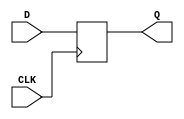
// This program was cloned from: https://github.com/CMU-SAFARI/SoftMC
// License: MIT License

`timescale 1ns/1ns
//----------------------------------------------------------------------------
// This software is Copyright  2012 The Regents of the University of 
// California. All Rights Reserved.
//
// Permission to copy, modify, and distribute this software and its 
// documentation for educational, research and non-profit purposes, without 
// fee, and without a written agreement is hereby granted, provided that the 
// above copyright notice, this paragraph and the following three paragraphs 
// appear in all copies.
//
// Permission to make commercial use of this software may be obtained by 
// contacting:
// Technology Transfer Office
// 9500 Gilman Drive, Mail Code 0910
// University of California
// La Jolla, CA 92093-0910
// (858) 534-5815
// invent@ucsd.edu
// 
// This software program and documentation are copyrighted by The Regents of 
// the University of California. The software program and documentation are 
// supplied "as is", without any accompanying services from The Regents. The 
// Regents does not warrant that the operation of the program will be 
// uninterrupted or error-free. The end-user understands that the program was 
// developed for research purposes and is advised not to rely exclusively on 
// the program for any reason.
// 
// IN NO EVENT SHALL THE UNIVERSITY OF CALIFORNIA BE LIABLE TO
// ANY PARTY FOR DIRECT, INDIRECT, SPECIAL, INCIDENTAL, OR
// CONSEQUENTIAL DAMAGES, INCLUDING LOST PROFITS, ARISING
// OUT OF THE USE OF THIS SOFTWARE AND ITS DOCUMENTATION,
// EVEN IF THE UNIVERSITY OF CALIFORNIA HAS BEEN ADVISED OF
// THE POSSIBILITY OF SUCH DAMAGE. THE UNIVERSITY OF
// CALIFORNIA SPECIFICALLY DISCLAIMS ANY WARRANTIES,
// INCLUDING, BUT NOT LIMITED TO, THE IMPLIED WARRANTIES OF
// MERCHANTABILITY AND FITNESS FOR A PARTICULAR PURPOSE.
// THE SOFTWARE PROVIDED HEREUNDER IS ON AN "AS IS" BASIS, 
// AND THE UNIVERSITY OF CALIFORNIA HAS NO OBLIGATIONS TO
// PROVIDE MAINTENANCE, SUPPORT, UPDATES, ENHANCEMENTS, OR
// MODIFICATIONS.
//----------------------------------------------------------------------------
//----------------------------------------------------------------------------
// Version:				1.00.a
// Verilog Standard:	Verilog-2001
// Description:			A D/Q flip flop.
// History:				@mattj: Version 2.0
//-----------------------------------------------------------------------------
module ff(
	CLK,
	D,
	Q
);

input 					CLK;
input 					D;
output 				Q;

reg						Q;

always @ (posedge CLK) begin 
	Q <= #1 D; 
end
	
endmodule